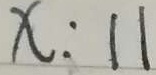
x : 1 1